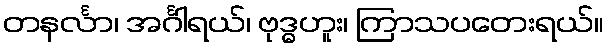
တနင်္လာ၊ အင်္ဂါရယ်၊ ဗုဒ္ဓဟူး၊ ကြာသပတေးရယ်။